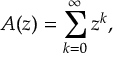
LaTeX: A ( z ) = \sum _ { k = 0 } ^ { \infty } z ^ { k } ,